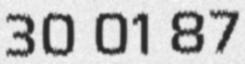
30 01 87